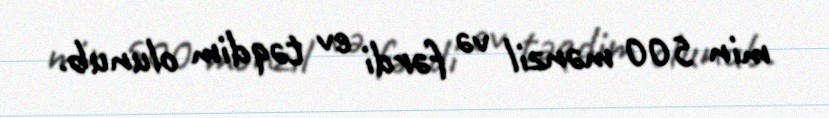
min 500 mənzil və fərdi ev təqdim olunub.